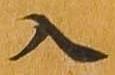
入